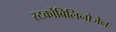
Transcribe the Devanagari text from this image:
स्‍टर्कोबिलिनोजेन